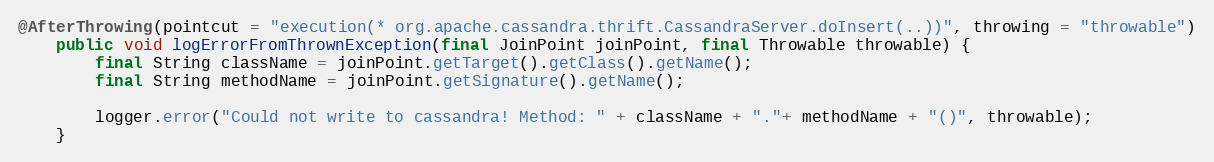
Language: Java
@AfterThrowing(pointcut = "execution(* org.apache.cassandra.thrift.CassandraServer.doInsert(..))", throwing = "throwable")
    public void logErrorFromThrownException(final JoinPoint joinPoint, final Throwable throwable) {
        final String className = joinPoint.getTarget().getClass().getName();
        final String methodName = joinPoint.getSignature().getName();

        logger.error("Could not write to cassandra! Method: " + className + "."+ methodName + "()", throwable);
    }